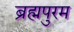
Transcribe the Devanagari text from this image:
ब्रह्मपुरम